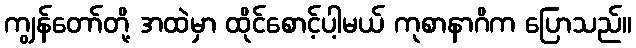
ကျွန်တော်တို့ အထဲမှာ ထိုင်စောင့်ပါ့မယ် ကုစာနာဂိက ပြောသည်။